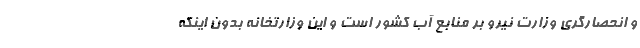
و انحصارگری وزارت نیرو بر منابع آب کشور است و این وزارتخانه بدون اینکه